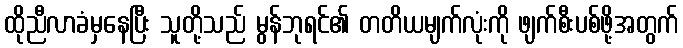
ထိုညီလာခံမှနေပြီး သူတို့သည် မွန်ဘုရင်၏ တတိယမျက်လုံးကို ဖျက်စီးပစ်ဖို့အတွက်